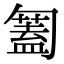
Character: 𠤅